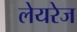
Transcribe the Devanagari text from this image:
लेयरेज